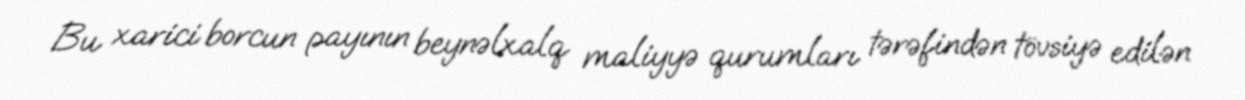
Bu xarici borcun payının beynəlxalq maliyyə qurumları tərəfindən tövsiyə edilən